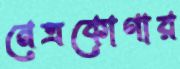
নেত্রকোণার